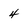
Character: 4